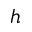
h